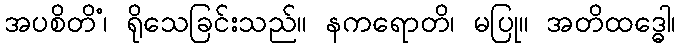
အပစိတိံ၊ ရိုသေခြင်းသည်။ နကရောတိ၊ မပြု။ အတိထဒ္ဓေါ၊